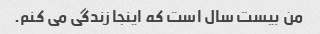
من بیست سال است که اینجا زندگی می کنم.